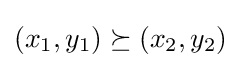
(x_{1},y_{1})\succeq (x_{2},y_{2})